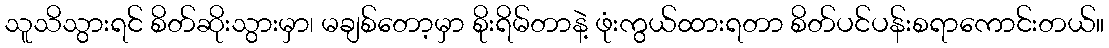
သူသိသွားရင် စိတ်ဆိုးသွားမှာ၊ မချစ်တော့မှာ စိုးရိမ်တာနဲ့ ဖုံးကွယ်ထားရတာ စိတ်ပင်ပန်းစရာကောင်းတယ်။